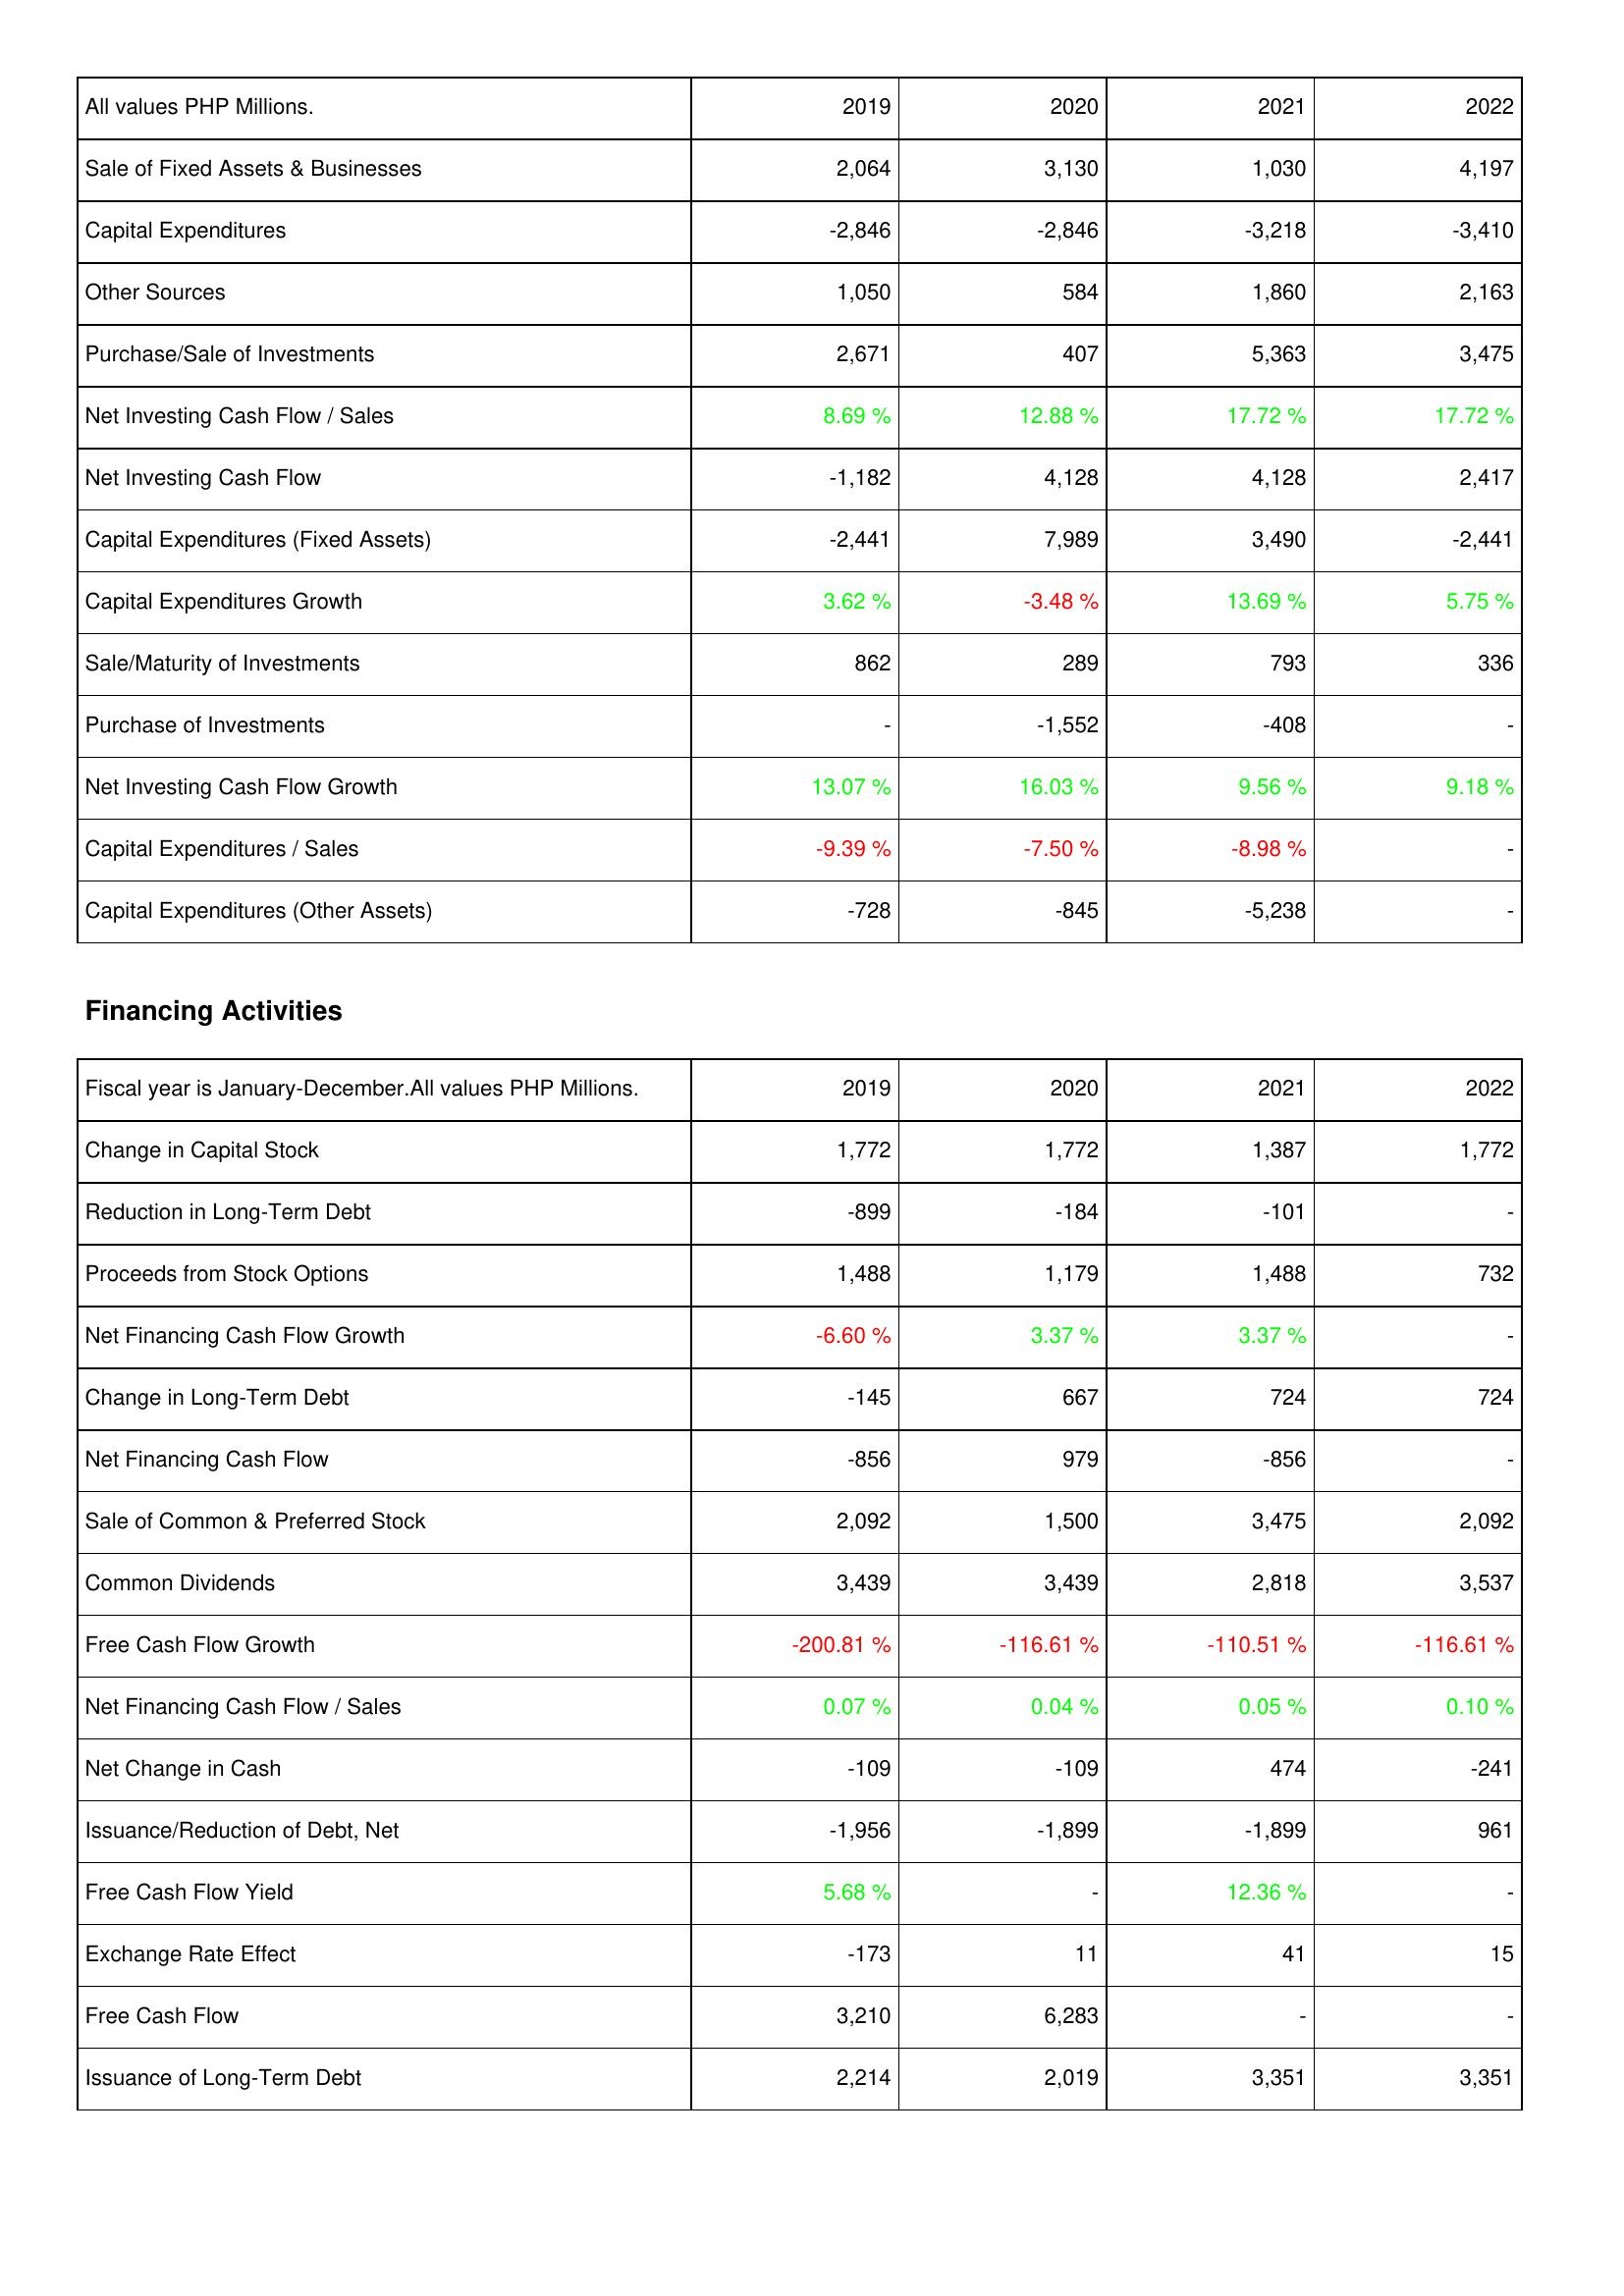
2019: Investing Activities: Sale of Fixed Assets & Businesses: 2,064
Capital Expenditures: -2,846
Other Sources: 1,050
Purchase/Sale of Investments: 2,671
Net Investing Cash Flow / Sales: 8.69 %
Net Investing Cash Flow: -1,182
Capital Expenditures (Fixed Assets): -2,441
Capital Expenditures Growth: 3.62 %
Sale/Maturity of Investments: 862
Purchase of Investments: -
Net Investing Cash Flow Growth: 13.07 %
Capital Expenditures / Sales: -9.39 %
Capital Expenditures (Other Assets): -728
Financing Activities: Change in Capital Stock: 1,772
Reduction in Long-Term Debt: -899
Proceeds from Stock Options: 1,488
Net Financing Cash Flow Growth: -6.60 %
Change in Long-Term Debt: -145
Net Financing Cash Flow: -856
Sale of Common & Preferred Stock: 2,092
Common Dividends: 3,439
Free Cash Flow Growth: -200.81 %
Net Financing Cash Flow / Sales: 0.07 %
Net Change in Cash: -109
Issuance/Reduction of Debt, Net: -1,956
Free Cash Flow Yield: 5.68 %
Exchange Rate Effect: -173
Free Cash Flow: 3,210
Issuance of Long-Term Debt: 2,214
2020: Investing Activities: Sale of Fixed Assets & Businesses: 3,130
Capital Expenditures: -2,846
Other Sources: 584
Purchase/Sale of Investments: 407
Net Investing Cash Flow / Sales: 12.88 %
Net Investing Cash Flow: 4,128
Capital Expenditures (Fixed Assets): 7,989
Capital Expenditures Growth: -3.48 %
Sale/Maturity of Investments: 289
Purchase of Investments: -1,552
Net Investing Cash Flow Growth: 16.03 %
Capital Expenditures / Sales: -7.50 %
Capital Expenditures (Other Assets): -845
Financing Activities: Change in Capital Stock: 1,772
Reduction in Long-Term Debt: -184
Proceeds from Stock Options: 1,179
Net Financing Cash Flow Growth: 3.37 %
Change in Long-Term Debt: 667
Net Financing Cash Flow: 979
Sale of Common & Preferred Stock: 1,500
Common Dividends: 3,439
Free Cash Flow Growth: -116.61 %
Net Financing Cash Flow / Sales: 0.04 %
Net Change in Cash: -109
Issuance/Reduction of Debt, Net: -1,899
Free Cash Flow Yield: -
Exchange Rate Effect: 11
Free Cash Flow: 6,283
Issuance of Long-Term Debt: 2,019
2021: Investing Activities: Sale of Fixed Assets & Businesses: 1,030
Capital Expenditures: -3,218
Other Sources: 1,860
Purchase/Sale of Investments: 5,363
Net Investing Cash Flow / Sales: 17.72 %
Net Investing Cash Flow: 4,128
Capital Expenditures (Fixed Assets): 3,490
Capital Expenditures Growth: 13.69 %
Sale/Maturity of Investments: 793
Purchase of Investments: -408
Net Investing Cash Flow Growth: 9.56 %
Capital Expenditures / Sales: -8.98 %
Capital Expenditures (Other Assets): -5,238
Financing Activities: Change in Capital Stock: 1,387
Reduction in Long-Term Debt: -101
Proceeds from Stock Options: 1,488
Net Financing Cash Flow Growth: 3.37 %
Change in Long-Term Debt: 724
Net Financing Cash Flow: -856
Sale of Common & Preferred Stock: 3,475
Common Dividends: 2,818
Free Cash Flow Growth: -110.51 %
Net Financing Cash Flow / Sales: 0.05 %
Net Change in Cash: 474
Issuance/Reduction of Debt, Net: -1,899
Free Cash Flow Yield: 12.36 %
Exchange Rate Effect: 41
Free Cash Flow: -
Issuance of Long-Term Debt: 3,351
2022: Investing Activities: Sale of Fixed Assets & Businesses: 4,197
Capital Expenditures: -3,410
Other Sources: 2,163
Purchase/Sale of Investments: 3,475
Net Investing Cash Flow / Sales: 17.72 %
Net Investing Cash Flow: 2,417
Capital Expenditures (Fixed Assets): -2,441
Capital Expenditures Growth: 5.75 %
Sale/Maturity of Investments: 336
Purchase of Investments: -
Net Investing Cash Flow Growth: 9.18 %
Capital Expenditures / Sales: -
Capital Expenditures (Other Assets): -
Financing Activities: Change in Capital Stock: 1,772
Reduction in Long-Term Debt: -
Proceeds from Stock Options: 732
Net Financing Cash Flow Growth: -
Change in Long-Term Debt: 724
Net Financing Cash Flow: -
Sale of Common & Preferred Stock: 2,092
Common Dividends: 3,537
Free Cash Flow Growth: -116.61 %
Net Financing Cash Flow / Sales: 0.10 %
Net Change in Cash: -241
Issuance/Reduction of Debt, Net: 961
Free Cash Flow Yield: -
Exchange Rate Effect: 15
Free Cash Flow: -
Issuance of Long-Term Debt: 3,351